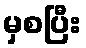
မှစပြီး